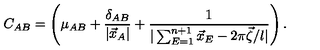
C _ { A B } = \left( \mu _ { A B } + \frac { \delta _ { A B } } { | \vec { x } _ { A } | } + \frac { 1 } { | \sum _ { E = 1 } ^ { n + 1 } \vec { x } _ { E } - 2 \pi \vec { \zeta } / l | } \right) .